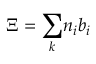
\Xi = { \sum _ { k } } n _ { i } { b } _ { i }